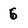
Character: 6